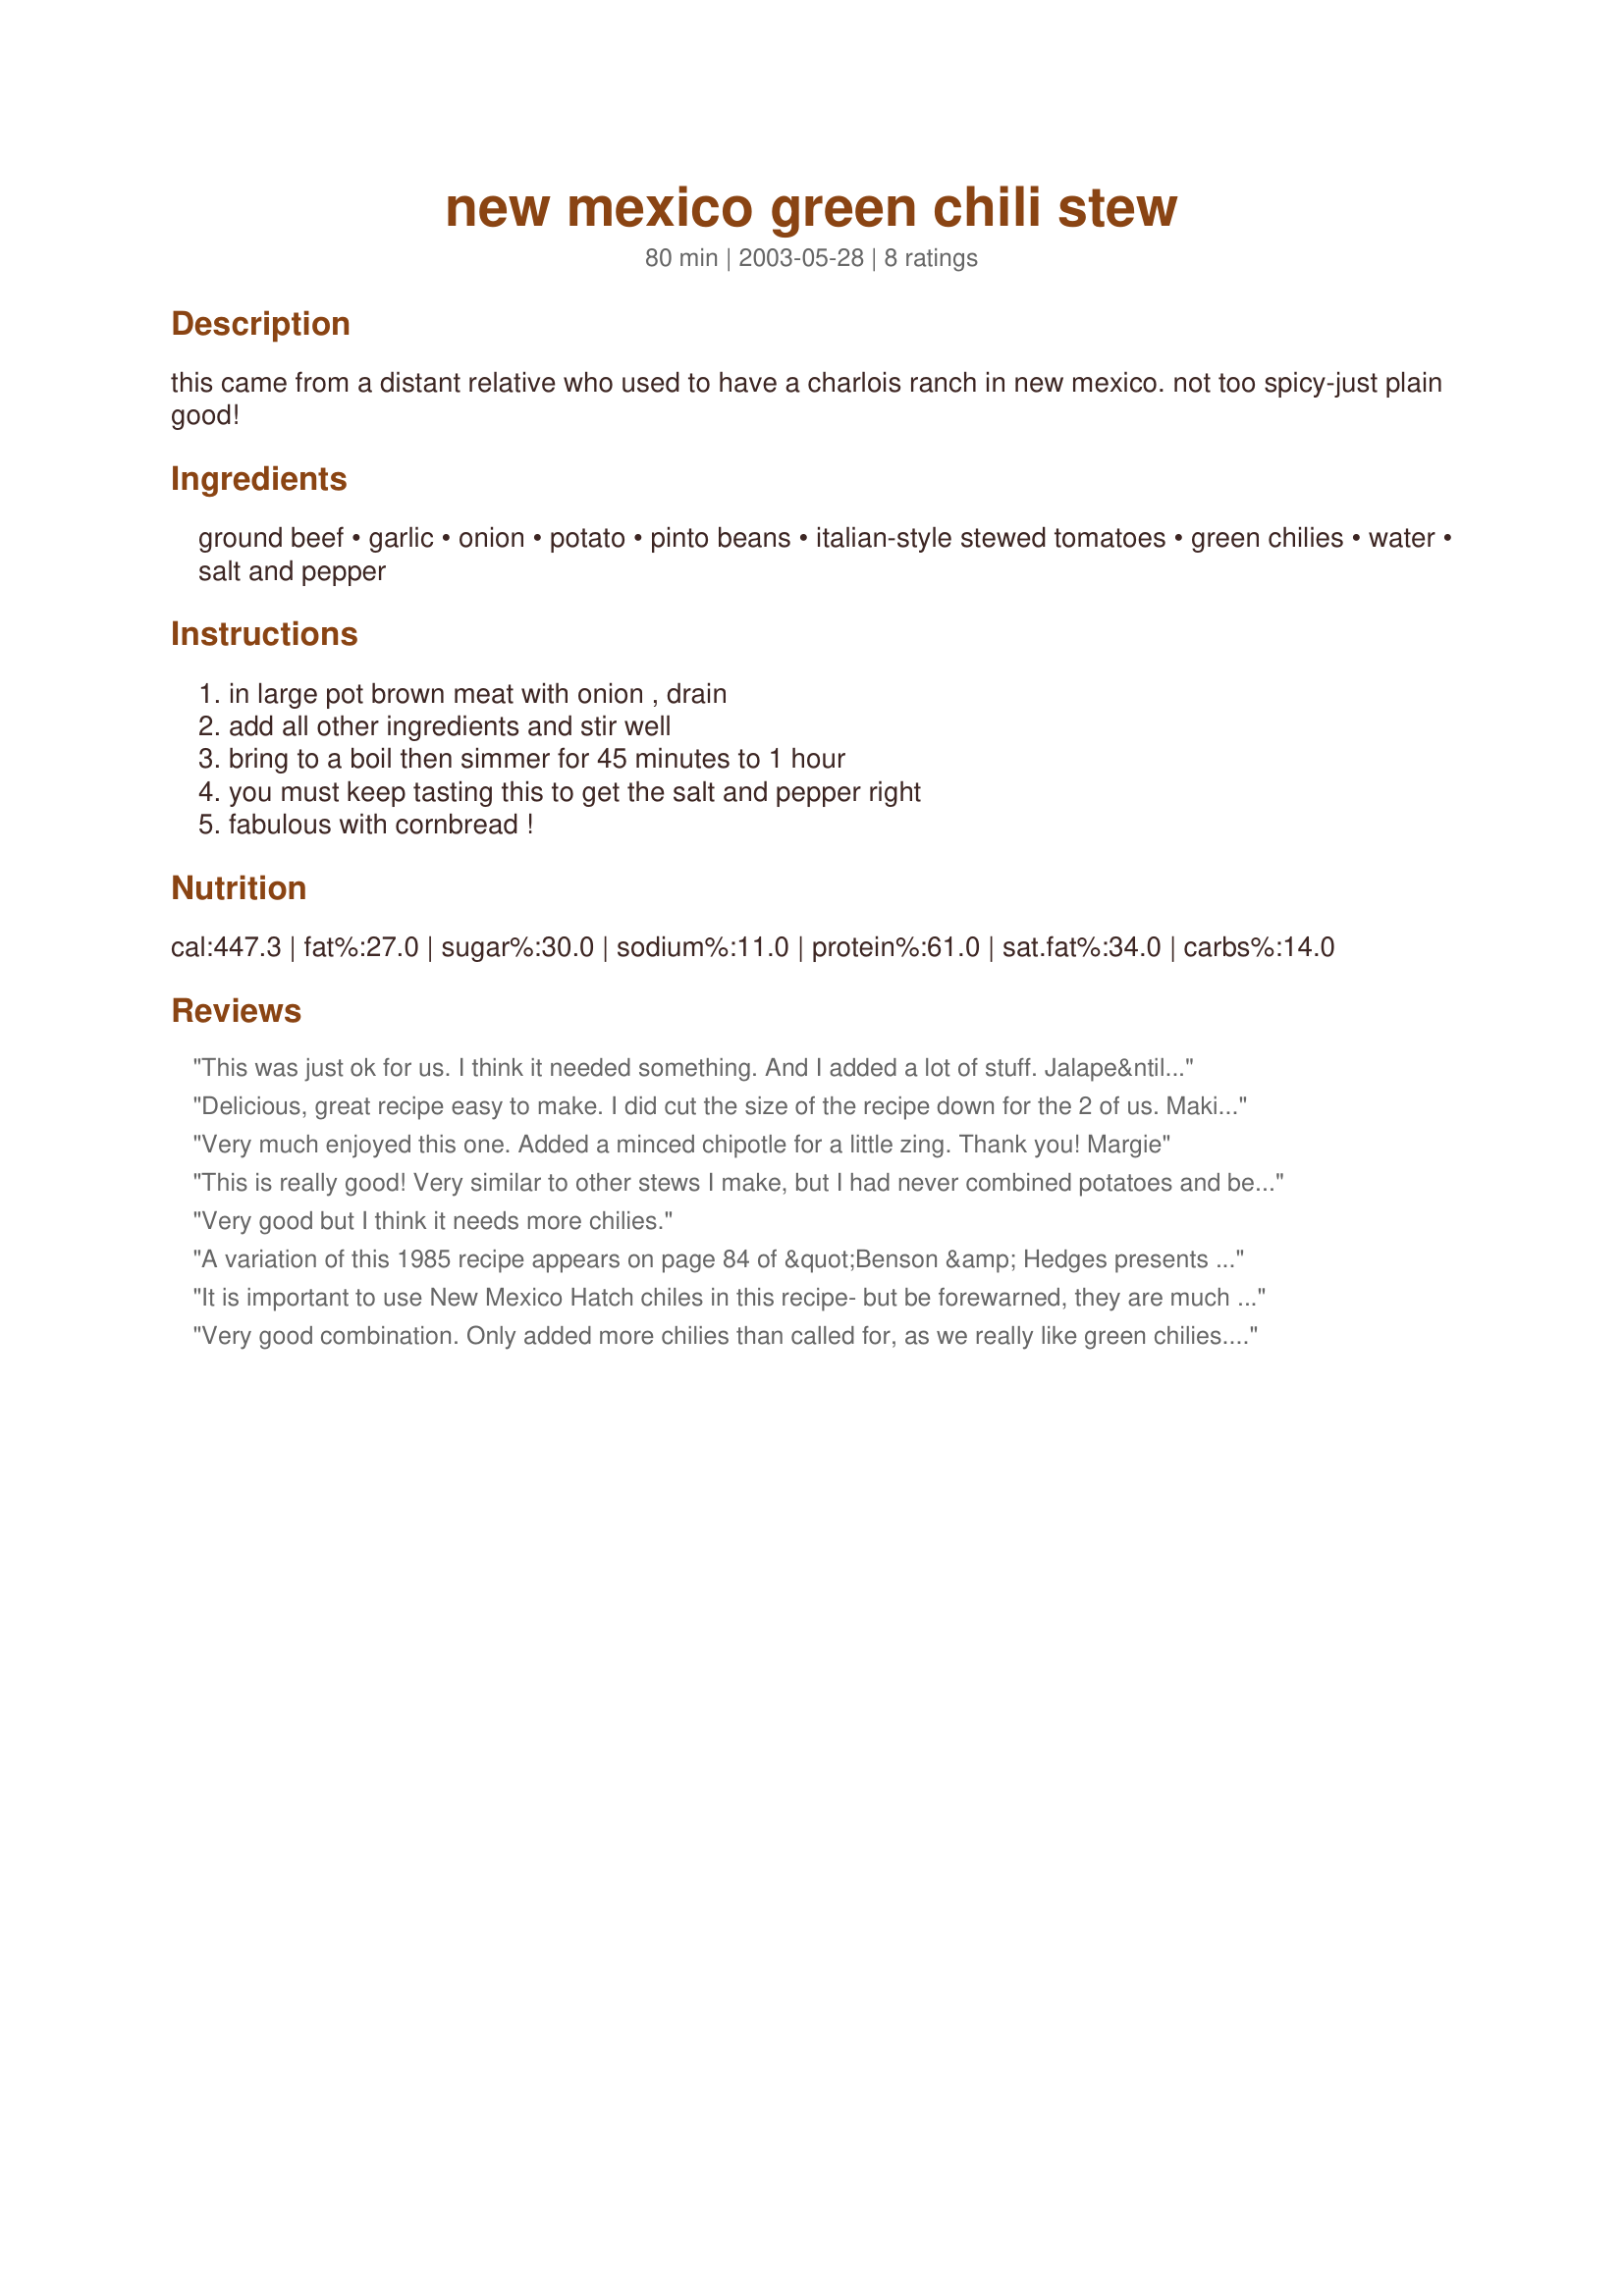
new mexico green chili stew
Preparation time: 80 minutes

this came from a distant relative who used to have a charlois ranch in new mexico. not too spicy-just plain good!

Ingredients:
ground beef, garlic, onion, potato, pinto beans, italian-style stewed tomatoes, green chilies, water, salt and pepper

Steps:
in large pot brown meat with onion , drain, add all other ingredients and stir well, bring to a boil then simmer for 45 minutes to 1 hour, you must keep tasting this to get the salt and pepper right, fabulous with cornbread !

Reviews:
This was just ok for us. I think it needed something. And I added a lot of stuff. Jalape&ntilde;o, cumin, red pepper, chili powder. I threw it all in the crockpot. When I served it, I topped it off with shredded cheese, queso fresco, sour cream, and sir racha. Still lacking in flavor!
Delicious, great recipe easy to make. I did cut the size of the recipe down for the 2 of us. Making the recipe as stated using 1/2 pound ground turkey & 1/2 pound ground beef the 1 onion, 3 cloves garlic, we love garlic, 1 meduim potato, 1 can pinto beans
1 can Italian style stewed tomatoes. 1 1/2 cans greens chiles.I put the other 1/2 can chilies in the cornbread that I made to serve with the stew. Thank you for posting this yummy easy to make recipe.
Very much enjoyed this one. Added a minced chipotle for a little zing.

Thank you!
Margie
This is really good! Very similar to other stews I make, but I had never combined potatoes and beans. Silly me! I did make one substitution: I didn't have Italian-style tomatoes, so I used Rotel.
Very good but I think it needs more chilies.
A variation of this 1985 recipe appears on page 84 of &quot;Benson &amp; Hedges presents Recipes from America's Favorite Resorts&quot;. It is said to be featured on the menu at Rancho Encantado in New Mexico. The difference in the B &amp; H recipe compared to this one, other than quantities of the ingredients, is that flour is not called for, but rather, the stew is simmered for one hour, which serves to reduce and thicken. Since I used &quot;Better Than Bouillon&quot; roasted beef base, the sugar was not necessary, but do stick to the 1 teaspoon for 1 cup, rather than heaping the base, or your stew may seem very salty. To avoid the beans becoming mushy in the hour called for, I simply added them in the last fifteen minutes. For our tastes, cilantro was the perfect garnish, and cheese was not necessary. Replacing the tomatoes with Rotel may be an interesting option, as well.
It is important to use New Mexico Hatch chiles in this recipe- but be forewarned, they are much hotter than the California Anaheim chiles commonly sold in cans ( such as Ortega brand) in supermarkets. My daughter, a New Mexico resident for many years, adds a cup of good beef stock and half of bottle of Corona beer in place of some of the water in the recipe. In addition a tbsp of cumin, which gives the stew a deeper, more complex flavor.
Very good combination. Only added more chilies than called for, as we really like green chilies. Freezes well.
